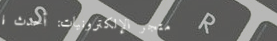
متجر الإلكترونيات: أحدث ا